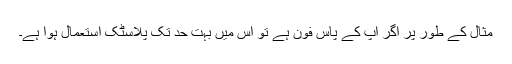
مثال کے طور پر اگر آپ کے پاس فون ہے تو اس میں بہت حد تک پلاسٹک استعمال ہوا ہے۔